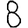
Digit: 8